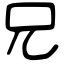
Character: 兄